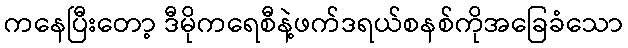
ကနေပြီးတော့ ဒီမိုကရေစီနဲ့ဖက်ဒရယ်စနစ်ကိုအခြေခံသော